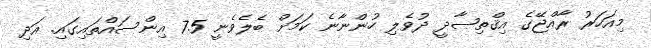
މިއަހަރު ރާއްޖޭގެ އިޤްތިޞާދީ ދުވެލި ހުންނާނެ ކަމަށް ބެލެވެނީ 7.5 އިންސައްތައިގައި. އަދި